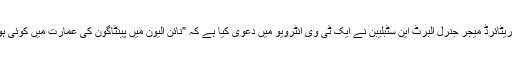
برطانوی اخبار ڈیلی سٹار کی رپورٹ کے مطابق 86سالہ ریٹائرڈ میجر جنرل البرٹ این سٹبلیبن نے ایک ٹی وی انٹرویو میں دعویٰ کیا ہے کہ ”نائن الیون میں پینٹاگون کی عمارت میں کوئی ہوائی جہاز نہیں ٹکرایا تھا بلکہ میزائل سے حملہ کیا گیا تھا۔